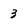
Character: 3